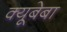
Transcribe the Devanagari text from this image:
क्यूबेबा